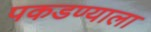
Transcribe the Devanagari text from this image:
पकडण्याला